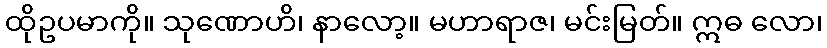
ထိုဥပမာကို။ သုဏောဟိ၊ နာလော့။ မဟာရာဇ၊ မင်းမြတ်။ ဣဓ လော၊